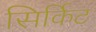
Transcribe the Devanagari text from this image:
सिर्किट